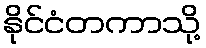
နိုင်ငံတကာသို့